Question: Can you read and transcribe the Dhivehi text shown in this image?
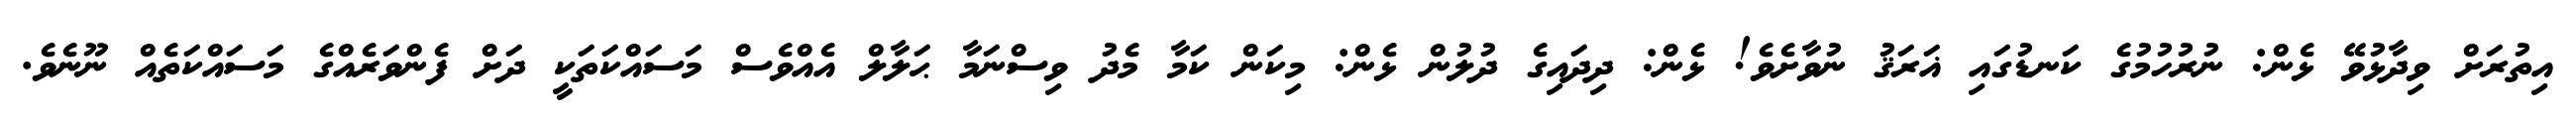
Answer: އިތުރަށް ވިދާޅުވޭ ޅެން: ނުރުހުމުގެ ކަނޑުގައި ޣަރަޤު ނުވާށެވެ! ޅެން: ދިދައިގެ ދުލުން ޅެން: މިކަން ކަމާ މެދު ވިސްނަމާ ޙަލާލް އެއްވެސް މަސައްކަތަކީ ދަށް ފެންވަރެއްގެ މަސައްކަތެއް ނޫނެވެ.